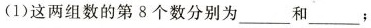
(1)这两组数的第8个数分别为___和___；